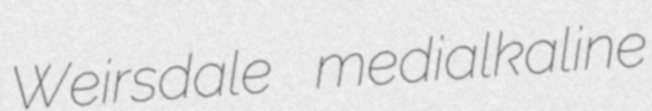
Weirsdale medialkaline